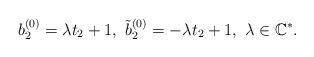
LaTeX: \begin{align*}b_{2}^{(0)} = \lambda t_{2} +1,\ \tilde{b}_{2}^{(0)} = -\lambda t_{2} +1,\ \lambda \in \mathbb{C}^{*}.\end{align*}